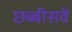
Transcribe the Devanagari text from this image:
छब्बीसवें